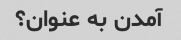
آمدن به عنوان؟